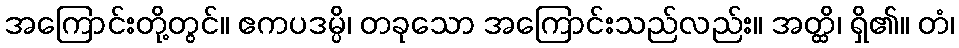
အကြောင်းတို့တွင်။ ဧကပဒမ္ပိ၊ တခုသော အကြောင်းသည်လည်း။ အတ္ထိ၊ ရှိ၏။ တံ၊